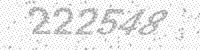
Solution: 222548